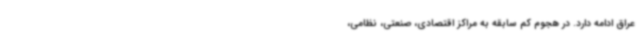
عراق ادامه دارد. در هجوم کم سابقه به مراکز اقتصادی، صنعتی، نظامی،